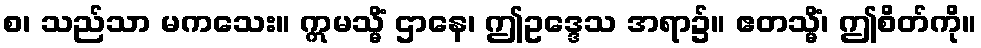
စ၊ သည်သာ မကသေး။ ဣမသ္မိံ ဌာနေ၊ ဤဥဒ္ဒေသ အရာ၌။ ဧတသ္မိံ၊ ဤစိတ်ကို။